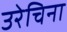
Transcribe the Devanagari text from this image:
उरेचिना